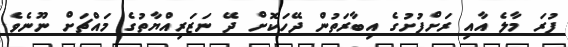
ފުރަ މާލެ އާއި ރަށްފުށުގެ އިބާރަތުން ދޭހަކޮށް ދޭ ނަޒަރިއްޔާތުގެ މައްޗަށް ނޫނެވެ.